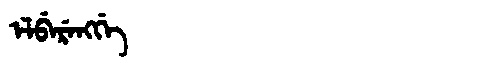
Manchu: ᡝᠯᠪᡝᡵᡝᠩᡤᡝ
Romanization: ELBERENGGE